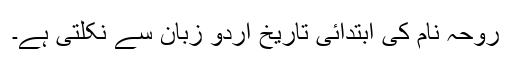
روحہ نام کی ابتدائی تاریخ اردو زبان سے نکلتی ہے۔